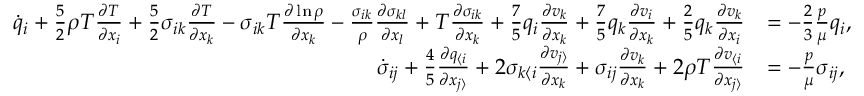
\begin{array} { r l } { \dot { q } _ { i } + \frac { 5 } { 2 } \rho T \frac { \partial T } { \partial x _ { i } } + \frac { 5 } { 2 } \sigma _ { i k } \frac { \partial T } { \partial x _ { k } } - \sigma _ { i k } T \frac { \partial \ln \rho } { \partial x _ { k } } - \frac { \sigma _ { i k } } { \rho } \frac { \partial \sigma _ { k l } } { \partial x _ { l } } + T \frac { \partial \sigma _ { i k } } { \partial x _ { k } } + \frac { 7 } { 5 } q _ { i } \frac { \partial v _ { k } } { \partial x _ { k } } + \frac { 7 } { 5 } q _ { k } \frac { \partial v _ { i } } { \partial x _ { k } } + \frac { 2 } { 5 } q _ { k } \frac { \partial v _ { k } } { \partial x _ { i } } } & { = - \frac { 2 } { 3 } \frac { p } { \mu } q _ { i } , } \\ { \dot { \sigma } _ { i j } + \frac { 4 } { 5 } \frac { \partial q _ { \langle i } } { \partial x _ { j \rangle } } + 2 \sigma _ { k \langle i } \frac { \partial v _ { j \rangle } } { \partial x _ { k } } + \sigma _ { i j } \frac { \partial v _ { k } } { \partial x _ { k } } + 2 \rho T \frac { \partial v _ { \langle i } } { \partial x _ { j \rangle } } } & { = - \frac { p } { \mu } \sigma _ { i j } , } \end{array}